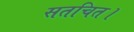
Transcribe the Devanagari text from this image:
सतचित।